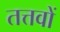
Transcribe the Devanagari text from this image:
तत्तवों